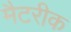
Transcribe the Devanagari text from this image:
मैटरीक